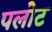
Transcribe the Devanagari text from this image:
पलोट